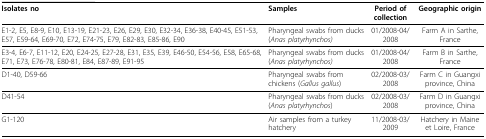
<table><thead><tr><td><b>Isolates no</b></td><td><b>Samples</b></td><td><b>Period of collection</b></td><td><b>Geographic origin</b></td></tr></thead><tbody><tr><td>E1-2, E5, E8-9, E10, E13-19, E21-23, E26, E29, E30, E32-34, E36-38, E40-45, E51-53, E57, E59-64, E69-70, E72, E74-75, E79, E82-83, E85-86, E90</td><td>Pharyngeal swabs from ducks (<i>Anas platyrhynchos)</i></td><td>01/2008-04/2008</td><td>Farm A in Sarthe, France</td></tr><tr><td>E3-4, E6-7, E11-12, E20, E24-25, E27-28, E31, E35, E39, E46-50, E54-56, E58, E65-68, E71, E73, E76-78, E80-81, E84, E87-89, E91-95</td><td>Pharyngeal swabs from ducks (<i>Anas platyrhynchos)</i></td><td>01/2008-04/2008</td><td>Farm B in Sarthe, France</td></tr><tr><td>D1-40, D59-66</td><td>Pharyngeal swabs from chickens (<i>Gallus gallus</i>)</td><td>02/2008-03/2008</td><td>Farm C in Guangxi province, China</td></tr><tr><td>D41-54</td><td>Pharyngeal swabs from ducks (<i>Anas platyrhynchos</i>)</td><td>02/2008-03/2008</td><td>Farm D in Guangxi province, China</td></tr><tr><td>G1-120</td><td>Air samples from a turkey hatchery</td><td>11/2008-03/2009</td><td>Hatchery in Maine et Loire, France</td></tr></tbody></table>